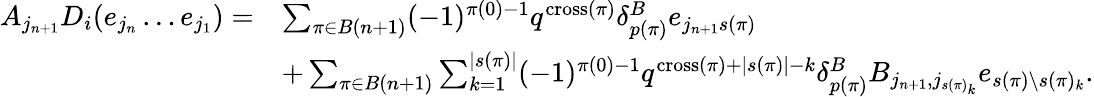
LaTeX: \begin{array}{rl}{A_{j_{n+1}}D_{i}(e_{j_{n}}\ldots e_{j_{1}})=}&{\sum_{\pi\in B(n+1)}(-1)^{\pi(0)-1}q^{\textup{cross}(\pi)}\delta_{p(\pi)}^{B}e_{j_{n+1}s(\pi)}}\\ &{+\sum_{\pi\in B(n+1)}\sum_{k=1}^{|s(\pi)|}(-1)^{\pi(0)-1}q^{\textup{cross}(\pi)+|s(\pi)|-k}\delta_{p(\pi)}^{B}B_{j_{n+1},j_{s(\pi)_{k}}}e_{s(\pi)\setminus s(\pi)_{k}}.}\end{array}